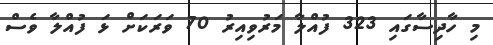
މި ހާދިސާގައި 323 ފުއްލާ މަރުވިއިރު 70 ވަރަކަށް ޅަ ފުއްލާ ވެސް